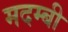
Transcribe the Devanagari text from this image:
मदम्बी